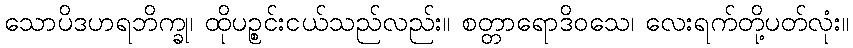
သောပိဒဟရဘိက္ခု၊ ထိုပဉ္စင်းငယ်သည်လည်း။ စတ္တာရောဒိဝသေ၊ လေးရက်တို့ပတ်လုံး။